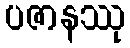
ပဇာနဿု